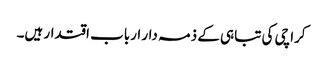
کراچی کی تباہی کے ذمہ دار ارباب اقتدار ہیں۔